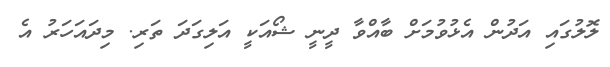
ލޮލުގައި އަދުން އެޅުވުމަށް ބާއްވާ ދީނީ ޝޯއަކީ އަލިގަދަ ތަރި. މިދައަހަރު އެ